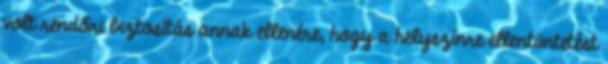
volt rendőri biztosítás annak ellenére, hogy a helyszínre ellentüntetést